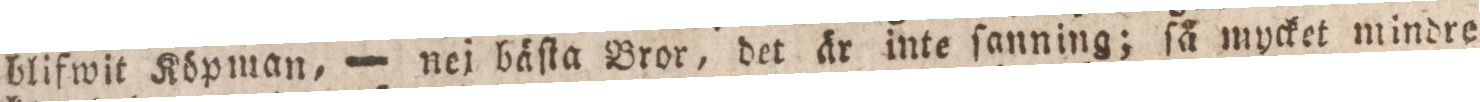
blifwit Köpman, — nej bäſta Bror, det är inte ſanning; ſå mycket mindre